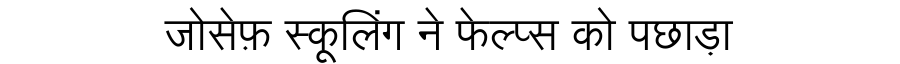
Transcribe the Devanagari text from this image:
जोसेफ़ स्कूलिंग ने फेल्प्स को पछाड़ा